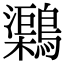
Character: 𪆂